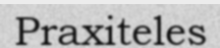
Praxiteles